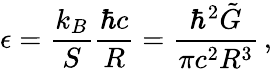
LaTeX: \epsilon=\frac{k_{B}}{S}\frac{\hbar c}{R}=\frac{\hbar^{2}\tilde{G}}{\pi c^{2}R^{3}}\, ,